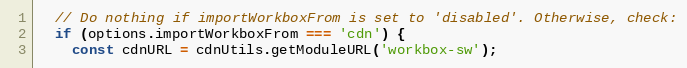
Language: JavaScript
  // Do nothing if importWorkboxFrom is set to 'disabled'. Otherwise, check:
  if (options.importWorkboxFrom === 'cdn') {
    const cdnURL = cdnUtils.getModuleURL('workbox-sw');